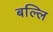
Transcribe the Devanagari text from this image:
बल्लि